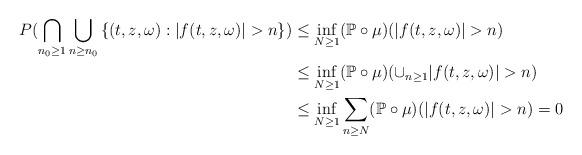
LaTeX: \begin{align*}P(\bigcap_{n_0 \geq 1}\bigcup_{n \geq n_0}\left\{(t,z,\omega):|f(t,z,\omega)|>n \right\})&\leq \inf_{N \geq 1}(\mathbb{P}\circ\mu)(|f(t,z,\omega)|>n)\\&\leq \inf_{N \geq 1}(\mathbb{P}\circ\mu)(\cup_{n \geq 1}|f(t,z,\omega)|>n)\\&\leq\inf_{N \geq 1}\sum\limits_{n \geq N}(\mathbb{P}\circ\mu)(|f(t,z,\omega)|>n)=0\end{align*}